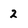
Character: 2